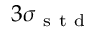
3 \sigma _ { \mathrm { ~ s ~ t ~ d ~ } }